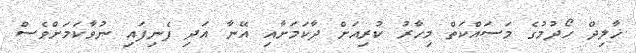
ޚާލިދް ހޯދުމުގެ މަސައްކަތް މިހާރު ކުރިއަށް ދާކަމަށާއި އޭނާ އަދި ފެނިފައި ނުވާކަމަށްވެސް